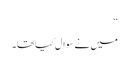
‘‘
میں نے سوال کیاتھا۔